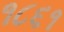
૧૮૬૧